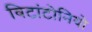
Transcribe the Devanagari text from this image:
विटांटोनियो